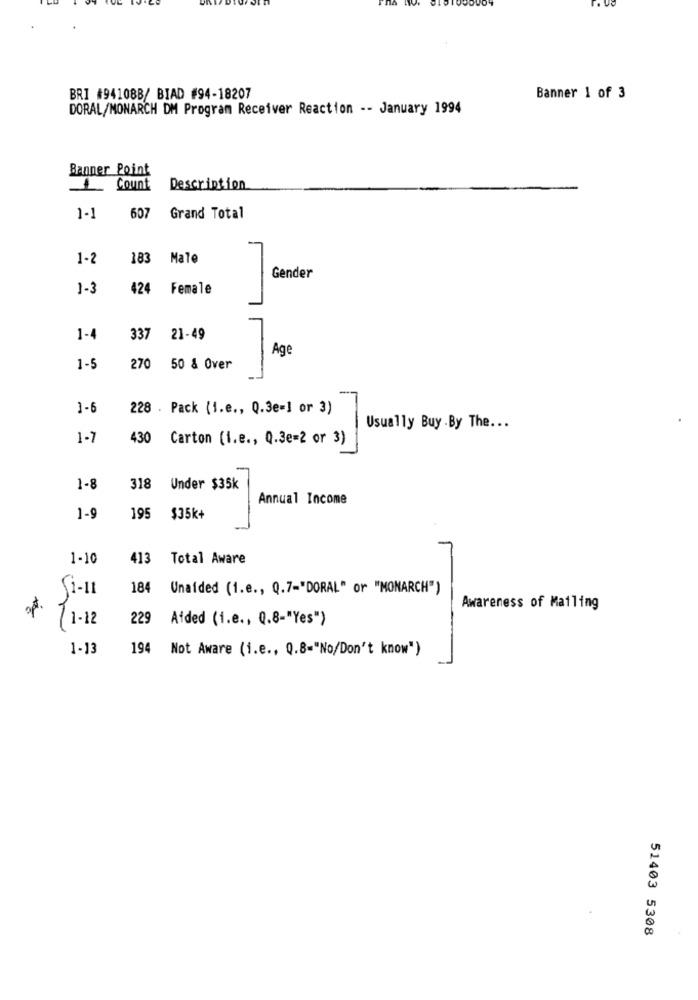
BRI #94108B/ BIAD #94-18207
Banner 1 of 3
DORAL/MONARCH DM Program Receiver Reaction -- January 1994
Banner Point
Count
Description
1-1
607
Grand Total
1-2
183 Male
Gender
1-3
424 Female
1-4
337 21-49
Age
1-5
270
50 & Over
1 -6
228 . Pack (1.e ., 0.3e=] or 3)
Usually Buy .By The ...
1-7
430 Carton (i.e ., Q.3e=2 or 3)
1-8
318
Under $35k
Annual Income
1-9
195
$35k+
1-10
413
Total Aware
Si-11
184
Unaided (1.e ., Q.7-"DORAL" or "MONARCH")
apt.
Awareness of Mailing
/1-12
229
Aided (i.e ., 0.8-"Yes")
1-13
194
Not Aware (i.e ., Q.8="No/Don't know")
51403 5308